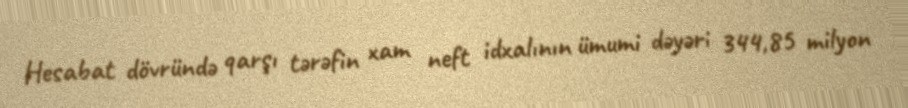
Hesabat dövründə qarşı tərəfin xam neft idxalının ümumi dəyəri 344,85 milyon